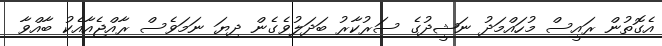
އެގޮތުން ރައީސް މުހައްމަދު ނަޝީދުގެ ސަރުކާރު ބަދަލުވެގެން ދިޔަ ނަމަވެސް ރާއްޖެއާއެކު ބާއްވާ